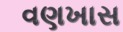
વણખાસ